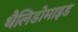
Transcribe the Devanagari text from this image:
थैलिडोमाइड